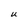
Character: U